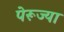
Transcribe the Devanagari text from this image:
पेरूज्या